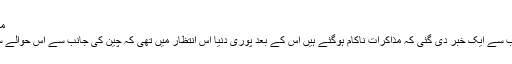
مذاکرات کی ناکامی
پر بھارت کی جانب سے ایک خبر دی گئی کہ مذاکرات ناکام ہوگئے ہیں اس کے بعد پوری دنیا اس انتظار میں تھی کہ چین کی جانب سے اس حوالے سے کیا بیان آتاہے۔